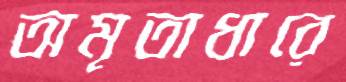
অমৃতাধারে